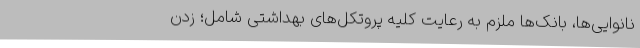
نانوایی‌ها، بانک‌ها ملزم به رعایت کلیه پروتکل‌های بهداشتی شامل؛ زدن